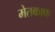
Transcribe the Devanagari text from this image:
मेतकाफ